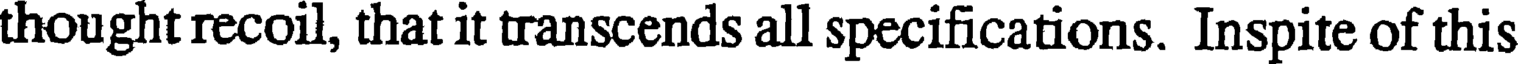
thought recoil, that it transcends all specifications. Inspite of this